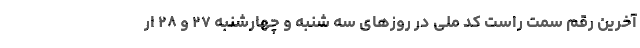
آخرین رقم سمت راست کد ملی در روزهای سه شنبه و چهارشنبه ۲۷ و ۲۸ ار